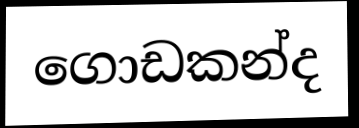
ගොඩකන්ද